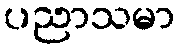
ပညာသမာ